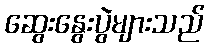
ဆွေးနွေးပွဲများသည်